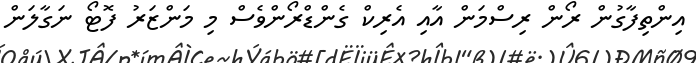
އިންތިފާގުން ރޯން ރިސްމަން އާއި އެރިކް ގެންޑްރޯންވެސް މި މަންޒަރު ފޮޓޯ ނަގާލަން